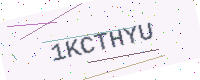
Text: 1KCTHYU